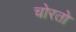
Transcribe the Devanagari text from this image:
चोरतो